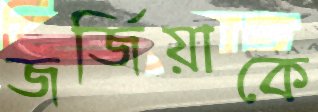
জর্জিয়াকে